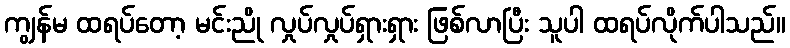
ကျွန်မ ထရပ်တော့ မင်းညို လှုပ်လှုပ်ရှားရှား ဖြစ်လာပြီး သူပါ ထရပ်လိုက်ပါသည်။